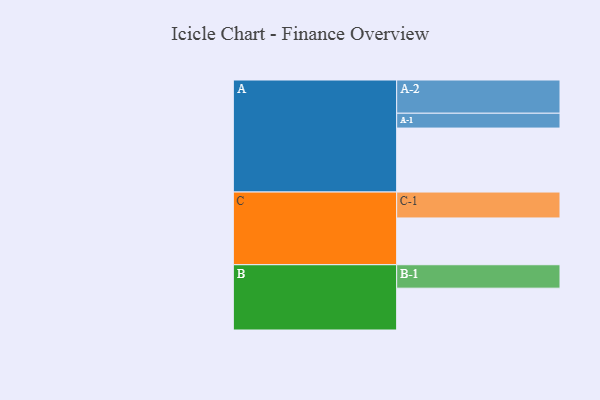
{"axis": {"x": "Segment", "y": "Value"}, "legend": ["", "A", "B", "C"], "data": [{"x": "A", "y": 491, "type": ""}, {"x": "B", "y": 321, "type": ""}, {"x": "C", "y": 359, "type": ""}, {"x": "A-1", "y": 114, "type": "A"}, {"x": "A-2", "y": 255, "type": "A"}, {"x": "B-1", "y": 180, "type": "B"}, {"x": "C-1", "y": 199, "type": "C"}]}